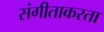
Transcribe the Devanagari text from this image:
संगीताकरता